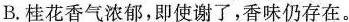
B.桂花香气浓郁，即使谢了，香味仍存在。